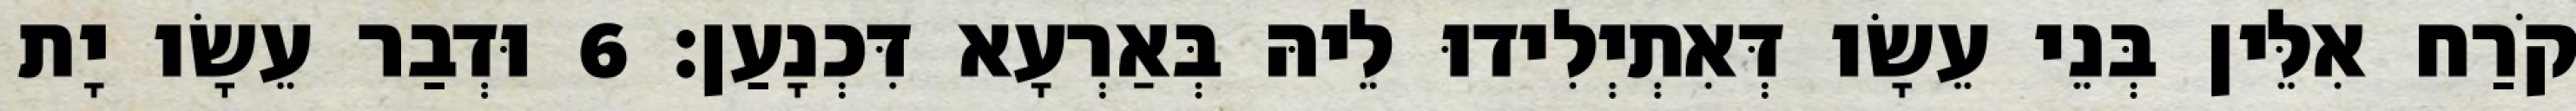
קֹרַח אִלֵּין בְּנֵי עֵשָׂו דְּאִתְיְלִידוּ לֵיהּ בְּאַרְעָא דִּכְנָעַן׃ 6 וּדְבַר עֵשָׂו יָת